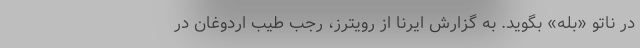
در ناتو «بله» بگوید. به گزارش ایرنا از رویترز، رجب طیب اردوغان در